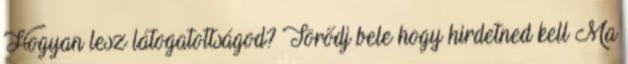
Hogyan lesz látogatottságod? Törődj bele hogy hirdetned kell Ma